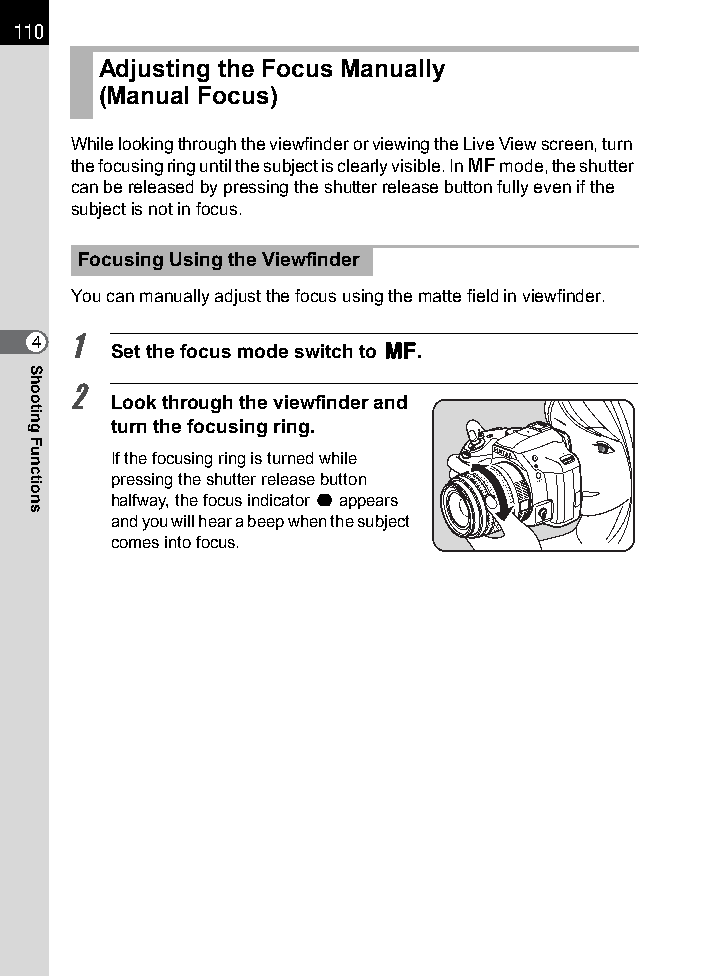
110
 Adjusting the Focus Manually
 (Manual Focus)
 While looking through the viewfinder or viewing the Live View screen, turn
 the focusing ring until the subject is clearly visible. In \ mode, the shutter
 can be released by pressing the shutter release button fully even if the
 subject is not in focus.
 Focusing Using the Viewfinder
 You can manually adjust the focus using the matte field in viewfinder.
 4 1
 Set the focus mode switch to \.
 2
 Look through the viewfinder and
 turn the focusing ring.
 If the focusing ring is turned while
 pressing the shutter release button
 halfway, the focus indicator ] appears
 and you will hear a beep when the subject
 comes into focus.
 Shooting
 Functions